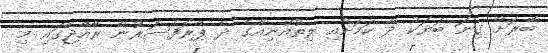
ބޭރަށް ގިނަ ބަޔަކު ދާ ކަމަށާއި ލިތުއޭނިއާގެ ދެ ޕްރޮފެސަރުން ރާއްޖޭގައި މި